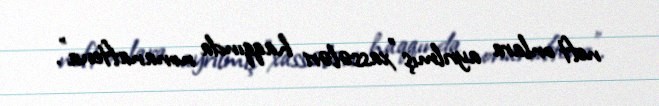
neft onlara ayrılmış "xassələri haqqında nonanaftena".